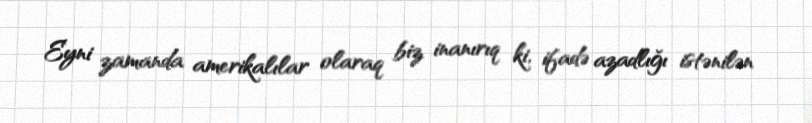
Eyni zamanda amerikalılar olaraq biz inanırıq ki, ifadə azadlığı istənilən